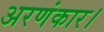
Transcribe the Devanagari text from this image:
अरणंकार।